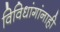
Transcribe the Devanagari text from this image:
विविधांगांनाही